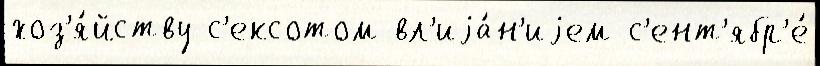
хоз'я́йству с'ексотом вл'иjа́н'иjем с'ент'ябр'е́